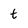
Character: t